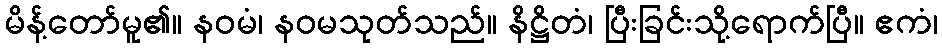
မိန့်တော်မူ၏။ နဝမံ၊ နဝမသုတ်သည်။ နိဋ္ဌိတံ၊ ပြီးခြင်းသို့ရောက်ပြီ။ ဧကံ၊